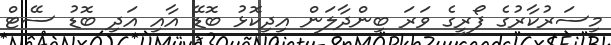
މިސަރުކާރުގެ ފޯރީގެ ވަރަ ބިންދާލަން އިދިކޮޅު ބޮޑޭ އާއި އަދި ބޮޑު ސޭޓް